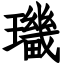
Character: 㼄